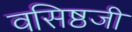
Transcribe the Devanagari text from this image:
वसिष्ठजी